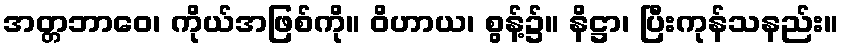
အတ္တဘာဝေ၊ ကိုယ်အဖြစ်ကို။ ဝိဟာယ၊ စွန့်၌။ နိဋ္ဌာ၊ ပြီးကုန်သနည်း။